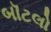
બૉટલો